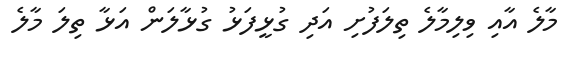
މާލެ އާއި ވިލިމާލެ ތިލަފުށި އަދި ގުޅީފަޅު ގުޅާލަން އަޅާ ތިލަ މާލެ